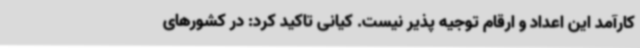
کارآمد این اعداد و ارقام توجیه پذیر نیست. کیانی تاکید کرد: در کشورهای